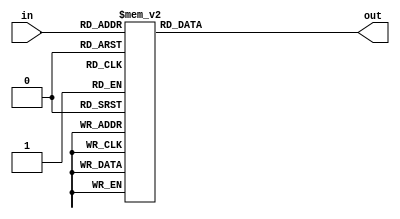
module hex_to_7seg(out, in );

output [6:0] out;//active-low output
input [3:0] in;// 4bit binary input (HEX)

reg [6:0] out;//HOW IS THIS USED?

always  @ (in) // you could use always @*
	case(in)
		4'h0: out = 7'b1000000;
		4'h1: out = 7'b1111001;
		4'h2: out = 7'b0100100;						//   ---bit0--
		4'h3: out = 7'b0110000;						//  |         |
		4'h4: out = 7'b0011001;						//  bit5    bit1
		4'h5: out = 7'b0010010;						//  |			|	
		4'h6: out = 7'b0000010;						 // |--bit6---|
		4'h7: out = 7'b1111000;//stopped here		 // |         |
		4'h8: out = 7'b10000000;    				// bit4      bit2
		4'h9: out = 7'b10000000;					//  |--bit3---| 
		4'ha: out = 7'b10000000;
		4'hb: out = 7'b10000000;	
		4'hc: out = 7'b10000000;
		4'hd: out = 7'b10000000;
		4'he: out = 7'b10000000;
 		4'hf: out = 7'b10000000;
 		endcase
 		
 endmodule